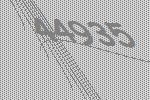
44935